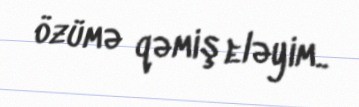
özümə qəmiş eləyim..